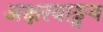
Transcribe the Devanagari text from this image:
अक्षरवाङ्मय